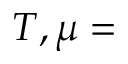
T , \mu =